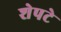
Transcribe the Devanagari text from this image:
शेपटे